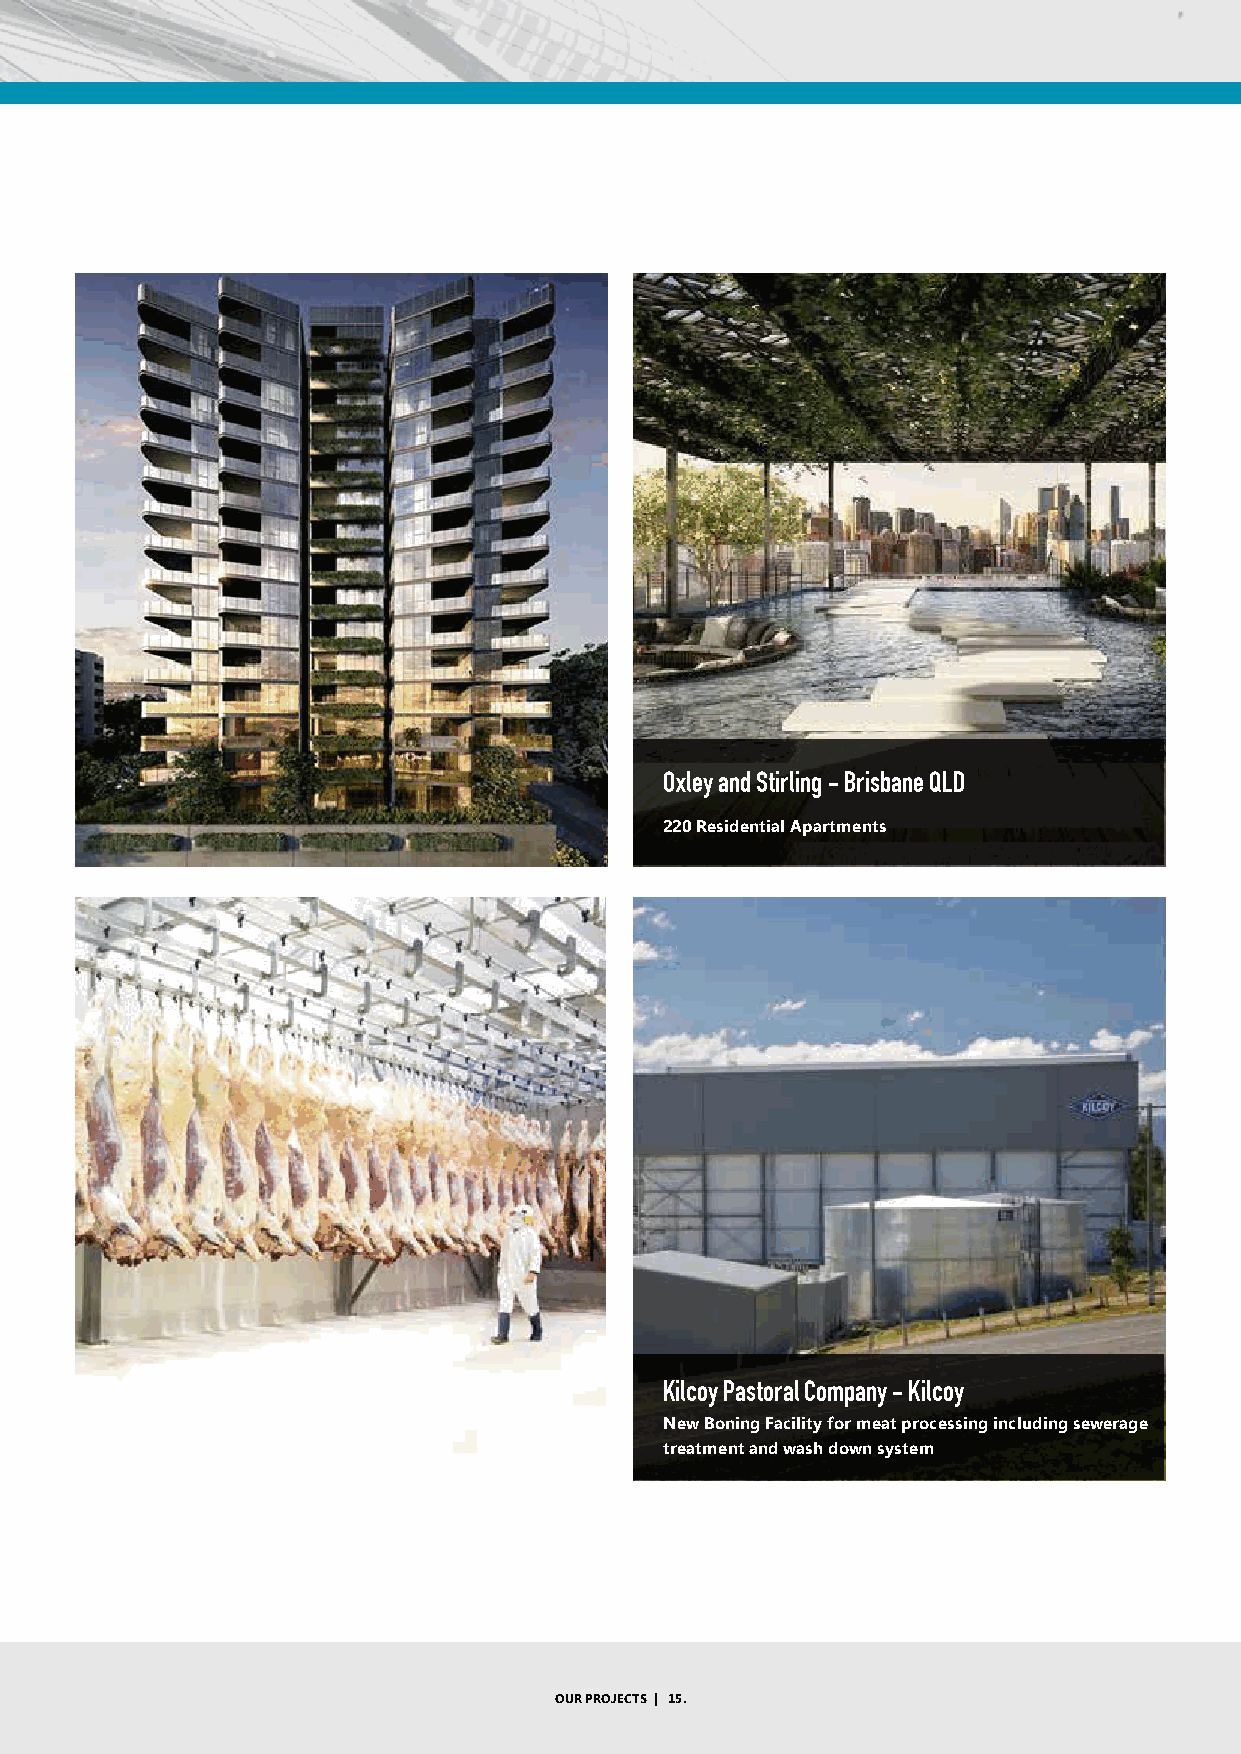
Oxley and Stirling - Brisbane QLD
 220 Residential Apartments
 Kilcoy Pastoral Company - Kilcoy
 New Boning Facility for meat processing including sewerage
 treatment and wash down system
 OUR PROJECTS | 15.